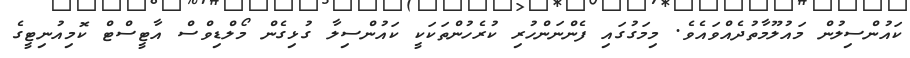
ކައުންސިލުން މައުލޫމާތުދެއްވައެވެ. މިމަގުގައި ފެންނަންހުރި ކުރެހުންތަކަކީ ކައުންސިލާ ގުޅިގެން މޯލްޑިވްސް އާޓީސްޓް ކޮމިއުނިޓީގެ